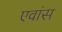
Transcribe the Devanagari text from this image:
एवांस